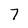
Character: 7